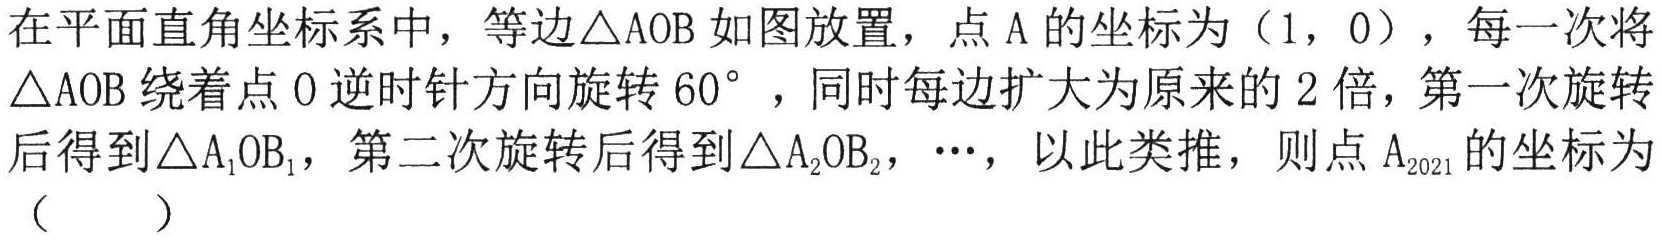
在平面直角坐标系中，等边\(\triangle AOB\)如图放置，点\(A\)的坐标为\((1,0)\)，每一次将\(\triangle AOB\)绕着点\(O\)逆时针方向旋转\(60^{\circ}\)，同时每边扩大为原来的\(2\)倍，第一次旋转后得到\(\triangle A_{1}OB_{1}\)，第二次旋转后得到\(\triangle A_{2}OB_{2}\)，\(\cdots\)，以此类推，则点\(A_{2021}\)的坐标为（  ）